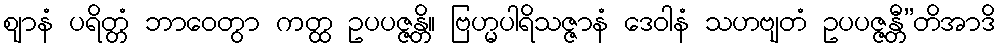
ဈာနံ ပရိတ္တံ ဘာဝေတွာ ကတ္ထ ဥပပဇ္ဇန္တိ။ ဗြဟ္မပါရိသဇ္ဇာနံ ဒေဝါနံ သဟဗျတံ ဥပပဇ္ဇန္တီ”တိအာဒိ